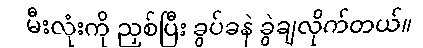
မီးလုံးကို ညှစ်ပြီး ခွပ်ခနဲ ခွဲချလိုက်တယ်။